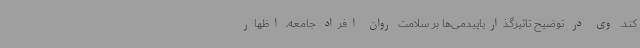
کند. وی در توضیح تاثیرگذاریاپیدمی‌ها بر سلامت روان افراد جامعه، اظهار